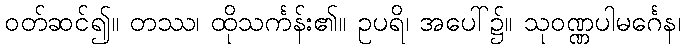
ဝတ်ဆင်၍။ တဿ၊ ထိုသင်္ကန်း၏။ ဥပရိ၊ အပေါ်၌။ သုဝဏ္ဏပါမင်္ဂေန၊